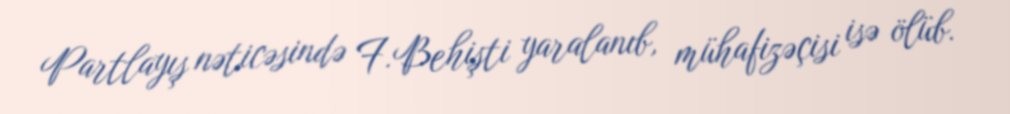
Partlayış nəticəsində F.Behişti yaralanıb, mühafizəçisi isə ölüb.